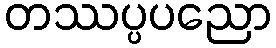
တဿပ္ပပညော